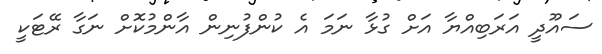
ސައޫދީ އަރަބިއްޔާ އަށް ގުޅާ ނަމަ އެ ކުންފުނިން އާންމުކޮށް ނަގާ ރޭޓަކީ